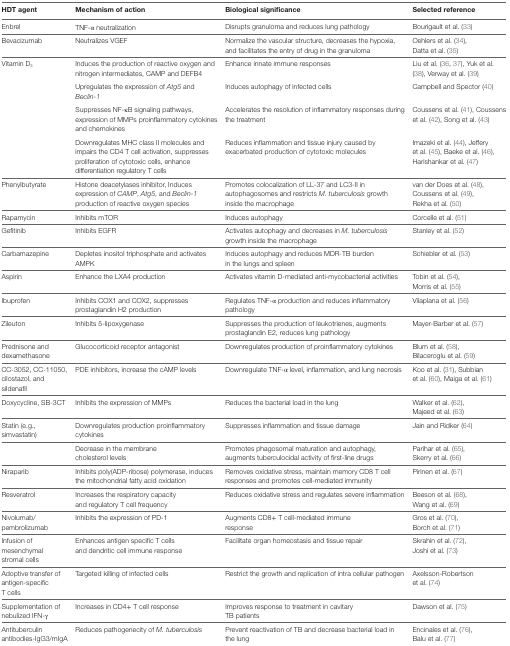
<table><thead><tr><td><b>HDT agent</b></td><td><b>Mechanism of action</b></td><td><b>Biological significance</b></td><td><b>Selected reference</b></td></tr></thead><tbody><tr><td>Enbrel</td><td>TNF-α neutralization</td><td>Disrupts granuloma and reduces lung pathology</td><td>Bourigault et al. (33)</td></tr><tr><td>Bevacizumab</td><td>Neutralizes VGEF</td><td>Normalize the vascular structure, decreases the hypoxia, and facilitates the entry of drug in the granuloma</td><td>Oehlers et al. (34), Datta et al. (35)</td></tr><tr><td rowspan="4">Vitamin D<sub>3</sub></td><td>Induces the production of reactive oxygen and nitrogen intermediates, CAMP and DEFB4</td><td>Enhance innate immune responses</td><td>Liu et al. (36, 37), Yuk et al. (38), Verway et al. (39)</td></tr><tr><td>Upregulates the expression of <i>Atg5</i> and <i>Beclin-1</i></td><td>Induces autophagy of infected cells</td><td>Campbell and Spector (40)</td></tr><tr><td>Suppresses NF-κB signaling pathways, expression of MMPs proinflammatory cytokines and chemokines</td><td>Accelerates the resolution of inflammatory responses during the treatment</td><td>Coussens et al. (41), Coussens et al. (42), Song et al. (43)</td></tr><tr><td>Downregulates MHC class II molecules and impairs the CD4 T cell activation, suppresses proliferation of cytotoxic cells, enhance differentiation regulatory T cells</td><td>Reduces inflammation and tissue injury caused by exacerbated production of cytotoxic molecules</td><td>Imazeki et al. (44), Jeffery et al. (45), Baeke et al. (46), Harishankar et al. (47)</td></tr><tr><td>Phenylbutyrate</td><td>Histone deacetylases inhibitor, Induces expression of <i>CAMP, Atg5</i>, and <i>Beclin-1</i> production of reactive oxygen species</td><td>Promotes colocalization of LL-37 and LC3-II in autophagosomes and restricts <i>M. tuberculosis</i> growth inside the macrophage</td><td>van der Does et al. (48), Coussens et al. (49), Rekha et al. (50)</td></tr><tr><td>Rapamycin</td><td>Inhibits mTOR</td><td>Induces autophagy</td><td>Corcelle et al. (51)</td></tr><tr><td>Gefitinib</td><td>Inhibits EGFR</td><td>Activates autophagy and decreases in <i>M. tuberculosis</i> growth inside the macrophage</td><td>Stanley et al. (52)</td></tr><tr><td>Carbamazepine</td><td>Depletes inositol triphosphate and activates AMPK</td><td>Induces autophagy and reduces MDR-TB burden in the lungs and spleen</td><td>Schiebler et al. (53)</td></tr><tr><td>Aspirin</td><td>Enhance the LXA4 production</td><td>Activates vitamin D-mediated anti-mycobacterial activities</td><td>Tobin et al. (54), Morris et al. (55)</td></tr><tr><td>Ibuprofen</td><td>Inhibits COX1 and COX2, suppresses prostaglandin H2 production</td><td>Regulates TNF-α production and reduces inflammatory pathology</td><td>Vilaplana et al. (56)</td></tr><tr><td>Zileuton</td><td>Inhibits 5-lipoxygenase</td><td>Suppresses the production of leukotrienes, augments prostaglandin E2, reduces lung pathology</td><td>Mayer-Barber et al. (57)</td></tr><tr><td>Prednisone and dexamethasone</td><td>Glucocorticoid receptor antagonist</td><td>Downregulates production of proinflammatory cytokines</td><td>Blum et al. (58), Bilaceroglu et al. (59)</td></tr><tr><td>CC-3052, CC-11050, cilostazol, and sildenafil</td><td>PDE inhibitors, increase the cAMP levels</td><td>Downregulate TNF-α level, inflammation, and lung necrosis</td><td>Koo et al. (31), Subbian et al. (60), Maiga et al. (61)</td></tr><tr><td>Doxycycline, SB-3CT</td><td>Inhibits the expression of MMPs</td><td>Reduces the bacterial load in the lung</td><td>Walker et al. (62), Majeed et al. (63)</td></tr><tr><td>Statin (e.g., simvastatin)</td><td>Downregulates production proinflammatory cytokines</td><td>Suppresses inflammation and tissue damage</td><td>Jain and Ridker (64)</td></tr><tr><td></td><td>Decrease in the membrane cholesterol levels</td><td>Promotes phagosomal maturation and autophagy, augments tuberculocidal activity of first-line drugs</td><td>Parihar et al. (65), Skerry et al. (66)</td></tr><tr><td>Niraparib</td><td>Inhibits poly(ADP-ribose) polymerase, induces the mitochondrial fatty acid oxidation</td><td>Removes oxidative stress, maintain memory CD8 T cell responses and promotes cell-mediated immunity</td><td>Pirinen et al. (67)</td></tr><tr><td>Resveratrol</td><td>Increases the respiratory capacity and regulatory T cell frequency</td><td>Reduces oxidative stress and regulates severe inflammation</td><td>Beeson et al. (68), Wang et al. (69)</td></tr><tr><td>Nivolumab/pembrolizumab</td><td>Inhibits the expression of PD-1</td><td>Augments CD8+ T cell-mediated immune response</td><td>Gros et al. (70), Borch et al. (71)</td></tr><tr><td>Infusion of mesenchymal stromal cells</td><td>Enhances antigen specific T cells and dendritic cell immune response</td><td>Facilitate organ homeostasis and tissue repair</td><td>Skrahin et al. (72), Joshi et al. (73)</td></tr><tr><td>Adoptive transfer of antigen-specific T cells</td><td>Targeted killing of infected cells</td><td>Restrict the growth and replication of intra cellular pathogen</td><td>Axelsson-Robertson et al. (74)</td></tr><tr><td>Supplementation of nebulized IFN-γ</td><td>Increases in CD4+ T cell response</td><td>Improves response to treatment in cavitary TB patients</td><td>Dawson et al. (75)</td></tr><tr><td>Antituberculin antibodies-IgG3/mIgA</td><td>Reduces pathogenecity of <i>M. tuberculosis</i></td><td>Prevent reactivation of TB and decrease bacterial load in the lung</td><td>Encinales et al. (76), Balu et al. (77)</td></tr></tbody></table>